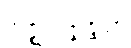
အဇ္ဈာပဇ္ဇန္တိယာ